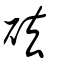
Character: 砝